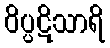
ဝိပ္ပဋိသာရိ